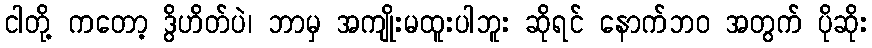
ငါတို့ ကတော့ ဒွိဟိတ်ပဲ၊ ဘာမှ အကျိုးမထူးပါဘူး ဆိုရင် နောက်ဘဝ အတွက် ပိုဆိုး